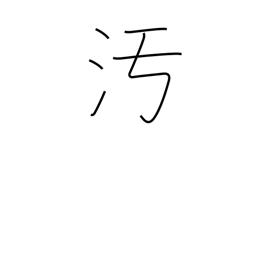
Meaning: disgrace